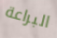
البراعة